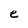
Character: e